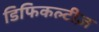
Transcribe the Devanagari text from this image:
डिफिकल्टीज़